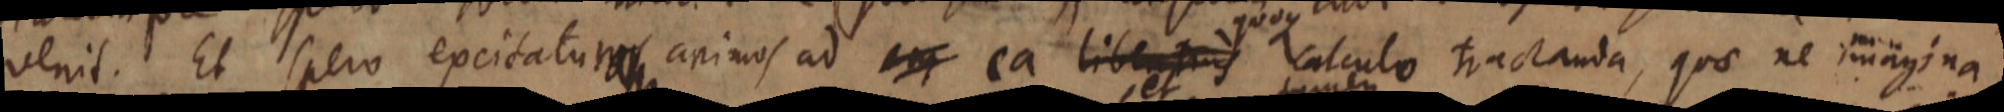
venit. Et spero excitatum animos ad _ ea libent_ calculo tractanda, quae ne imagina